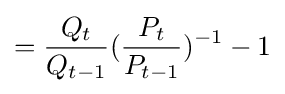
={\frac {Q_{t}}{Q_{t-1}}}({\frac {P_{t}}{P_{t-1}}})^{-1}-1